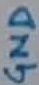
Text: GND